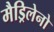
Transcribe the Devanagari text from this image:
मैड्रिलेनो